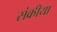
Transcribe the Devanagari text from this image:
संक्रीया